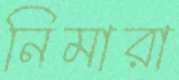
নিমারা